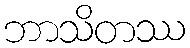
ဘာသိတဿ